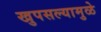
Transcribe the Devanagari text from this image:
खुपसल्यामुळे